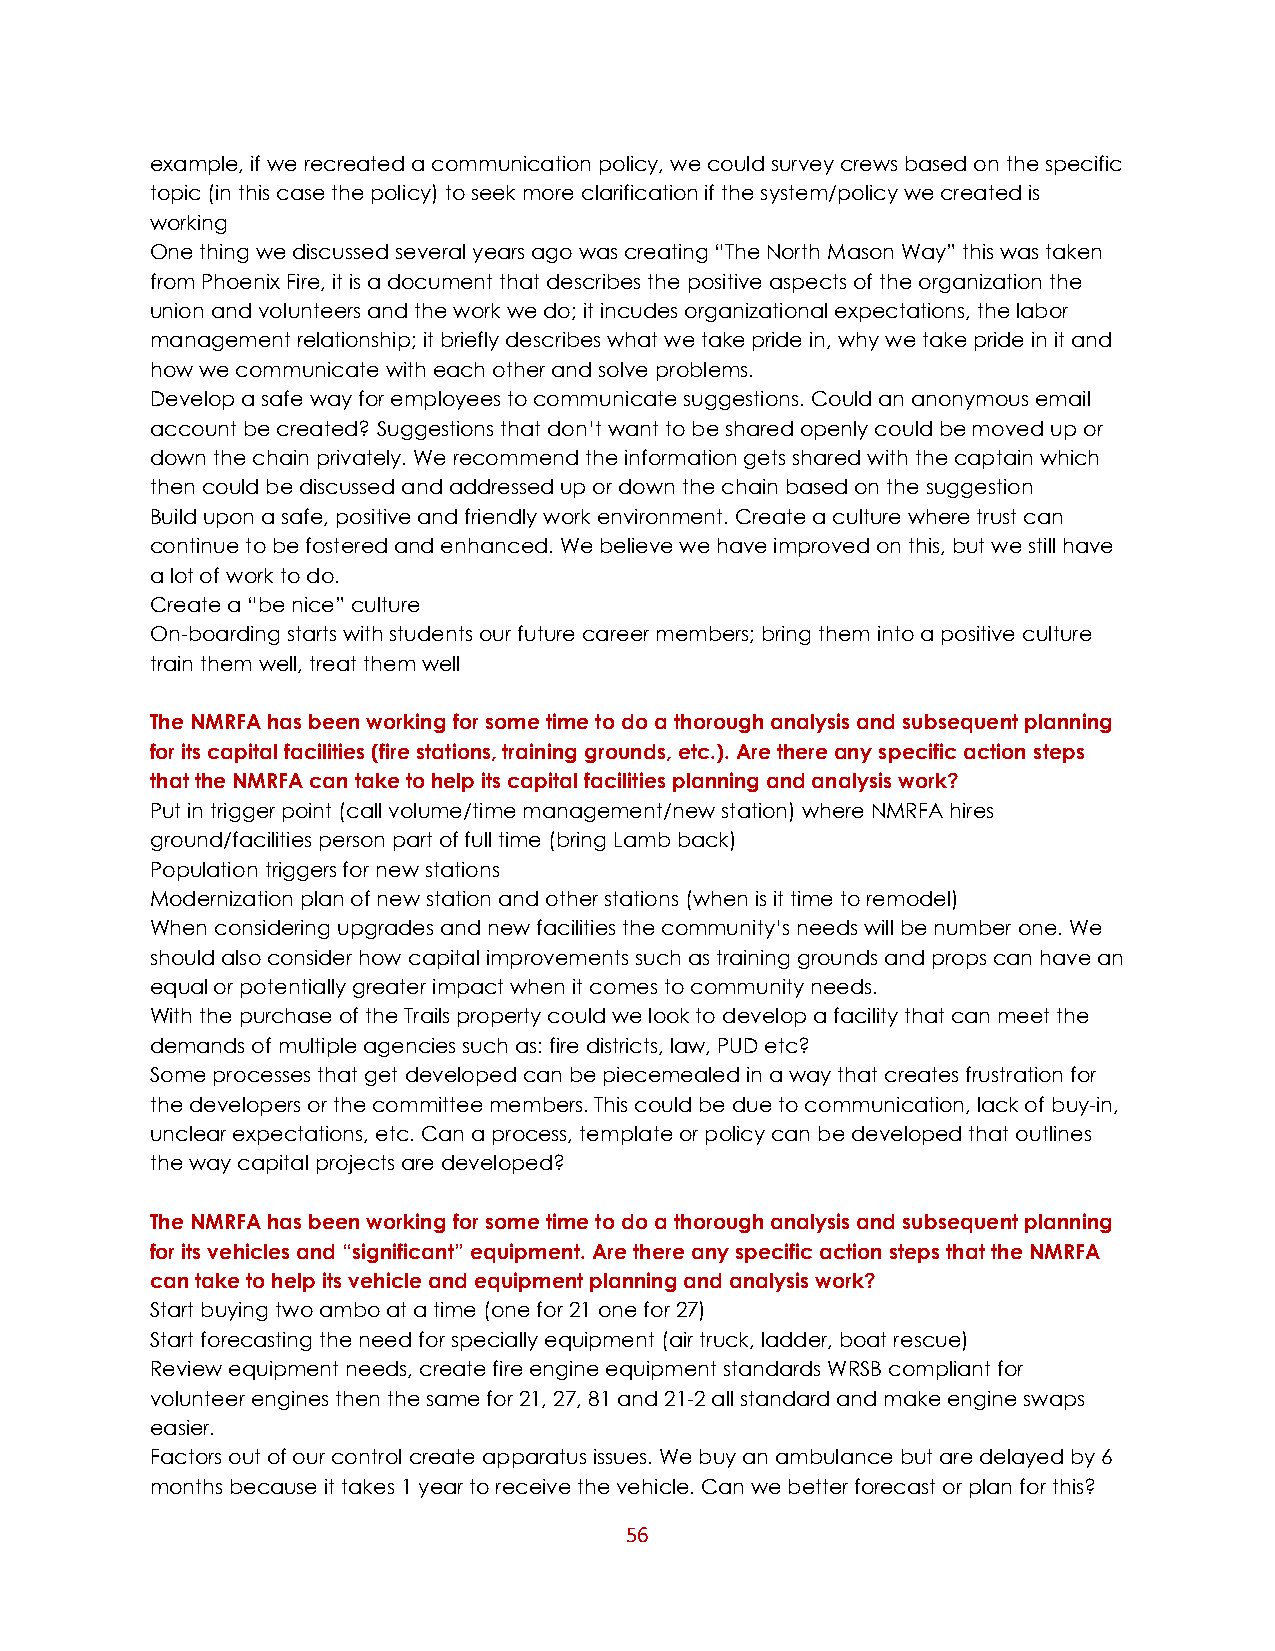
example, if we recreated a communication policy, we could survey crews based on the specific
 topic (in this case the policy) to seek more clarification if the system/policy we created is
 working
 One thing we discussed several years ago was creating “The North Mason Way” this was taken
 from Phoenix Fire, it is a document that describes the positive aspects of the organization the
 union and volunteers and the work we do; it incudes organizational expectations, the labor
 management relationship; it briefly describes what we take pride in, why we take pride in it and
 how we communicate with each other and solve problems.
 Develop a safe way for employees to communicate suggestions. Could an anonymous email
 account be created? Suggestions that don’t want to be shared openly could be moved up or
 down the chain privately. We recommend the information gets shared with the captain which
 then could be discussed and addressed up or down the chain based on the suggestion
 Build upon a safe, positive and friendly work environment. Create a culture where trust can
 continue to be fostered and enhanced. We believe we have improved on this, but we still have
 a lot of work to do.
 Create a “be nice” culture
 On-boarding starts with students our future career members; bring them into a positive culture
 train them well, treat them well
 The NMRFA has been working for some time to do a thorough analysis and subsequent planning
 for its capital facilities (fire stations, training grounds, etc.). Are there any specific action steps
 that the NMRFA can take to help its capital facilities planning and analysis work?
 Put in trigger point (call volume/time management/new station) where NMRFA hires
 ground/facilities person part of full time (bring Lamb back)
 Population triggers for new stations
 Modernization plan of new station and other stations (when is it time to remodel)
 When considering upgrades and new facilities the community’s needs will be number one. We
 should also consider how capital improvements such as training grounds and props can have an
 equal or potentially greater impact when it comes to community needs.
 With the purchase of the Trails property could we look to develop a facility that can meet the
 demands of multiple agencies such as: fire districts, law, PUD etc?
 Some processes that get developed can be piecemealed in a way that creates frustration for
 the developers or the committee members. This could be due to communication, lack of buy-in,
 unclear expectations, etc. Can a process, template or policy can be developed that outlines
 the way capital projects are developed?
 The NMRFA has been working for some time to do a thorough analysis and subsequent planning
 for its vehicles and “significant” equipment. Are there any specific action steps that the NMRFA
 can take to help its vehicle and equipment planning and analysis work?
 Start buying two ambo at a time (one for 21 one for 27)
 Start forecasting the need for specially equipment (air truck, ladder, boat rescue)
 Review equipment needs, create fire engine equipment standards WRSB compliant for
 volunteer engines then the same for 21, 27, 81 and 21-2 all standard and make engine swaps
 easier.
 Factors out of our control create apparatus issues. We buy an ambulance but are delayed by 6
 months because it takes 1 year to receive the vehicle. Can we better forecast or plan for this?
 56